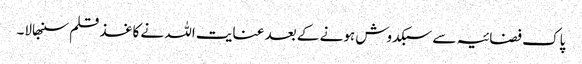
پاک فضائیہ سے سبکدوش ہونے کے بعد عنایت اللہ نے کاغذ قلم سنبھالا۔